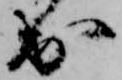
出